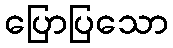
ပြောပြသော